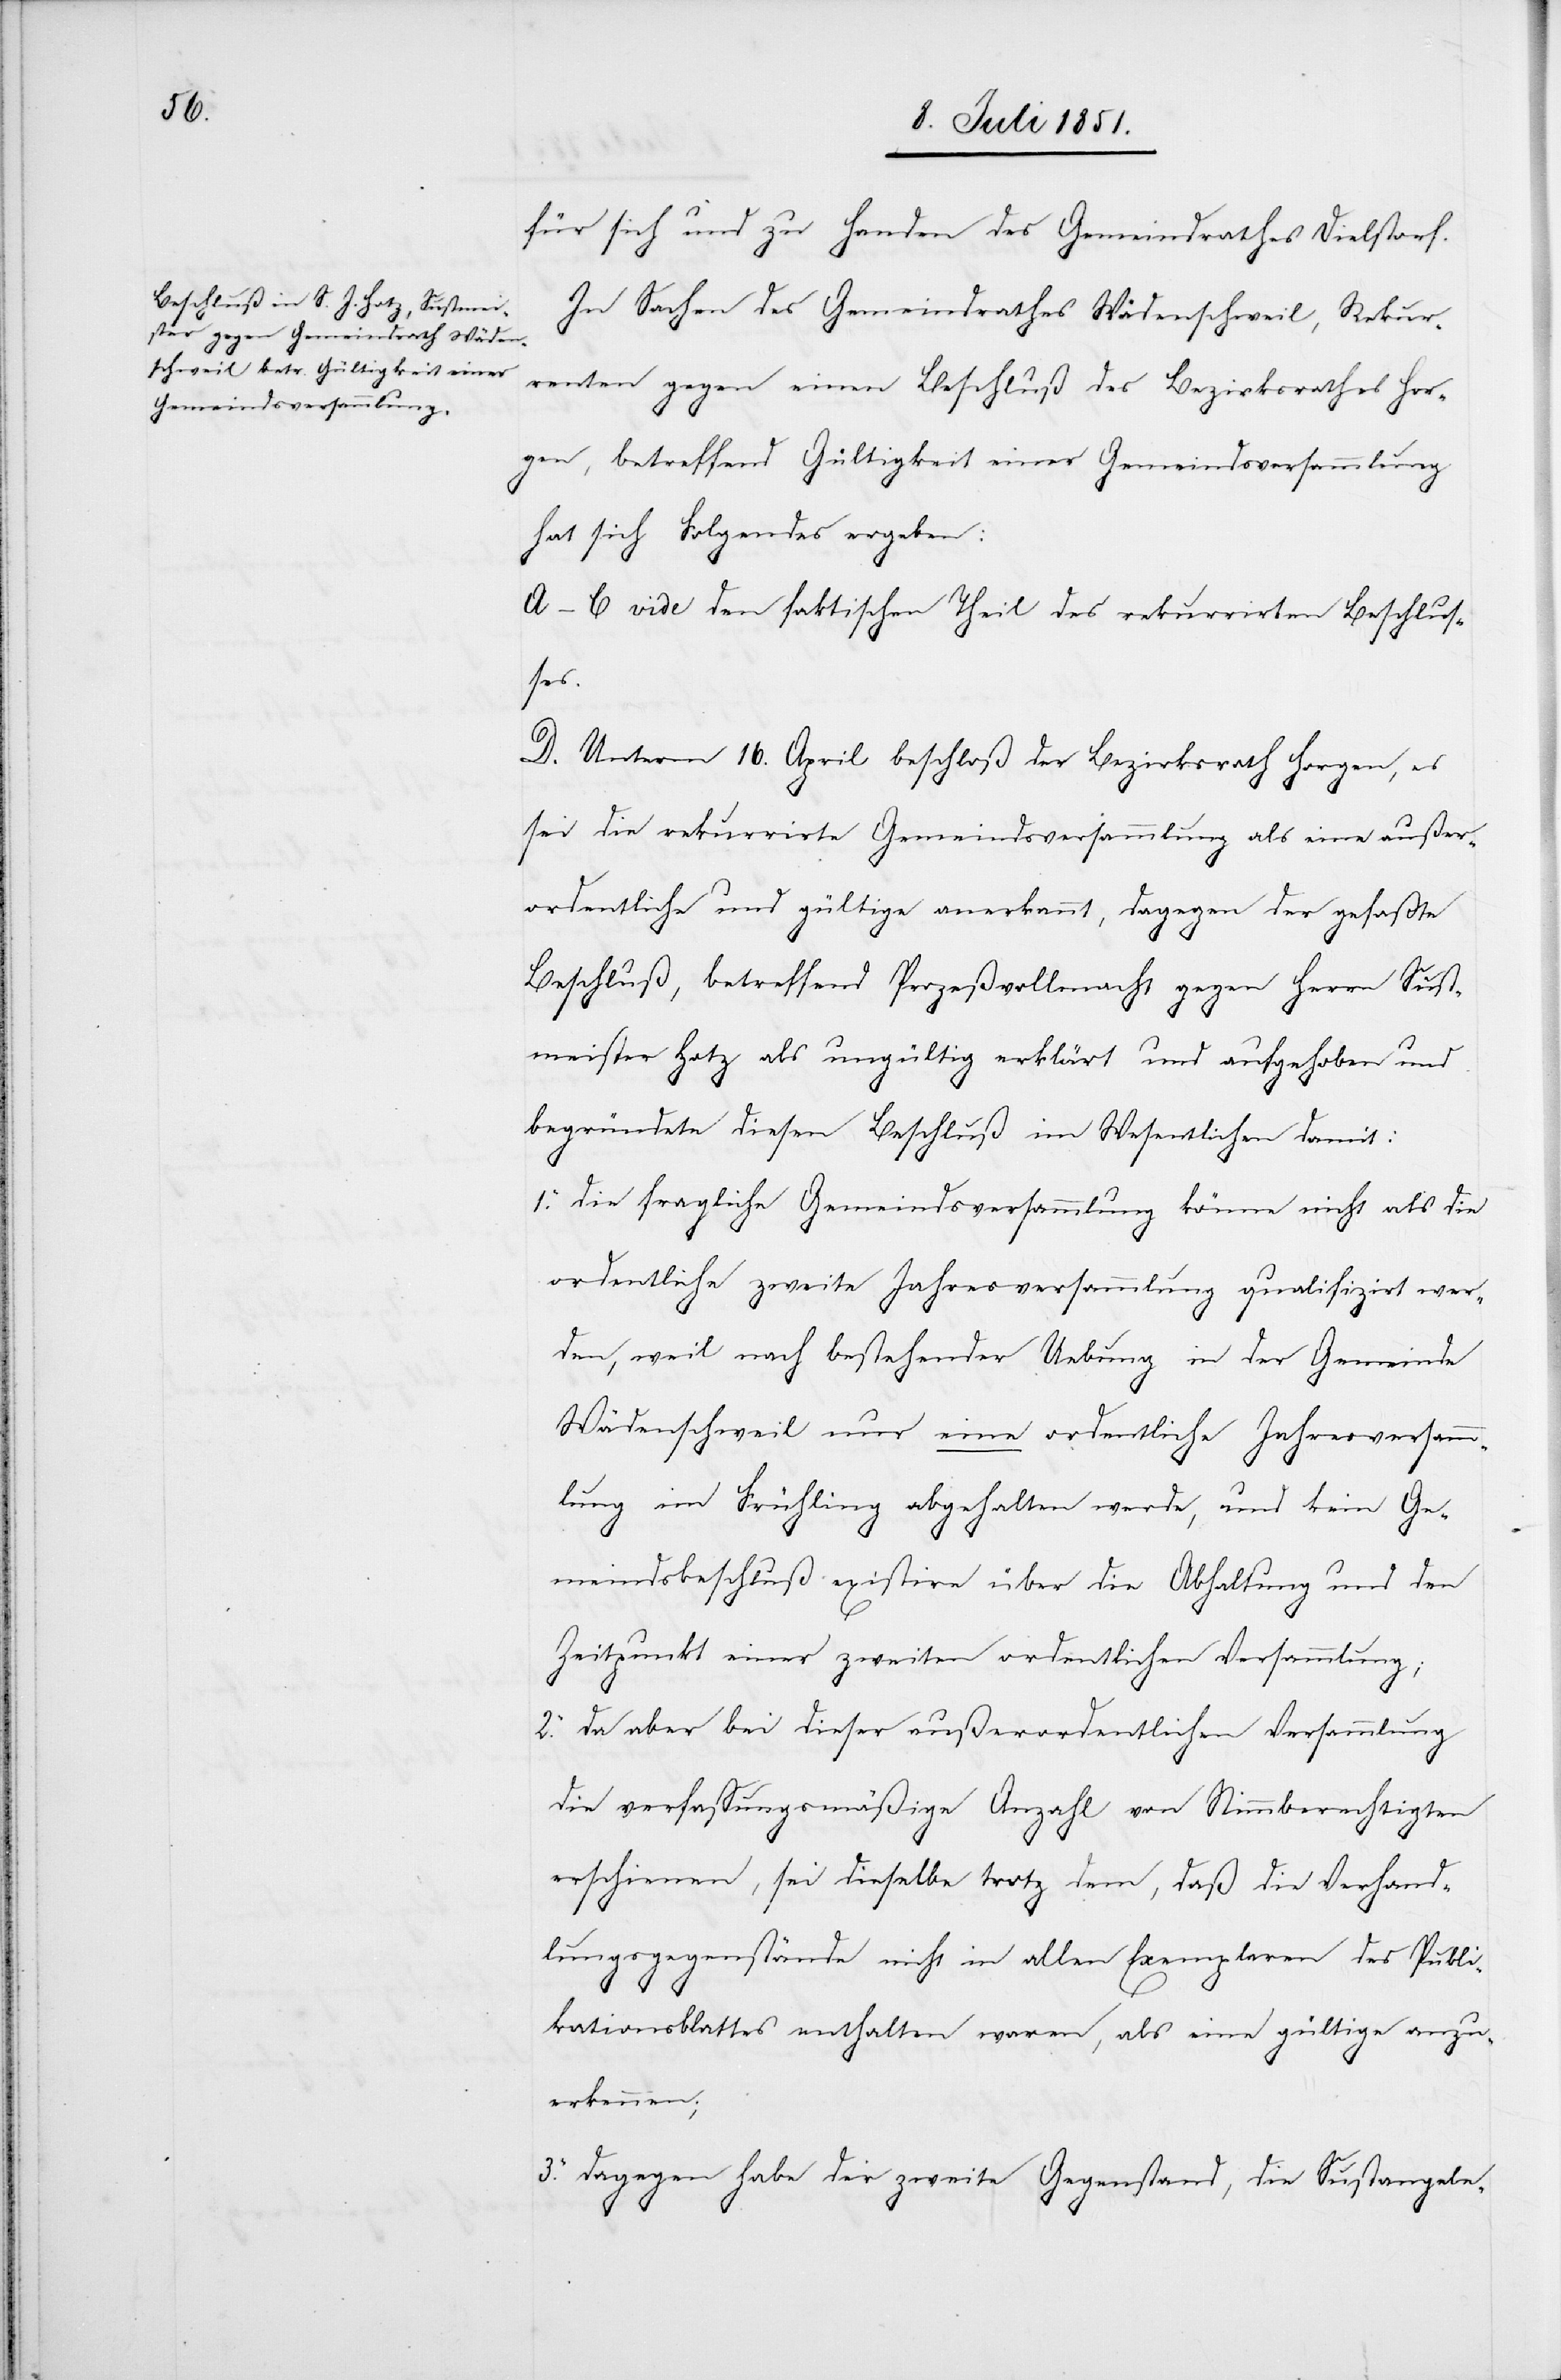
für sich und zu Handen des Gemeindrathes Dielstorf.
In Sachen des Gemeindrathes Wädenschweil, Rekur¬
renten gegen einen Beschluß des Bezirksrathes Hor¬
gen, betreffend Gültigkeit einer Gemeindsversammlung
hat sich Folgendes ergeben:
A–C vide den faktischen Theil des rekurrirten Beschlus¬
ses.
D. Unterm 16. April beschloß der Bezirksrath Horgen, es
sei die rekurrirte Gemeindsversammlung als eine außer¬
ordentliche und gültige anerkannt, dagegen der gefaßte
Beschluß, betreffend Prozeßvollmacht gegen Herrn Sust¬
meister Hotz als ungültig erklärt und aufgehoben und
begründete diesen Beschluß im Wesentlichen damit:
die fragliche Gemeindsversammlung könne nicht als die
ordentliche zweite Jahresversammlung qualifizirt wer¬
den, weil nach bestehender Uebung in der Gemeinde
Wädenschweil nur eine ordentliche Jahresversamm¬
lung im Frühling abgehalten werde, und kein Ge¬
meindsbeschluß existire über die Abhaltung und den
Zeitpunkt einer zweiten ordentlichen Versammlung;
da aber bei dieser außerordentlichen Versammlung
die verfassungsmäßige Anzahl von Stimmberechtigten
erschienen, sei dieselbe trotz dem, daß die Verhand¬
lungsgegenstände nicht in allen Exemplaren des Publi¬
kationsblattes enthalten waren, als eine gültige anzu¬
erkennen;
dagegen habe der zweite Gegenstand, die Sustangele-